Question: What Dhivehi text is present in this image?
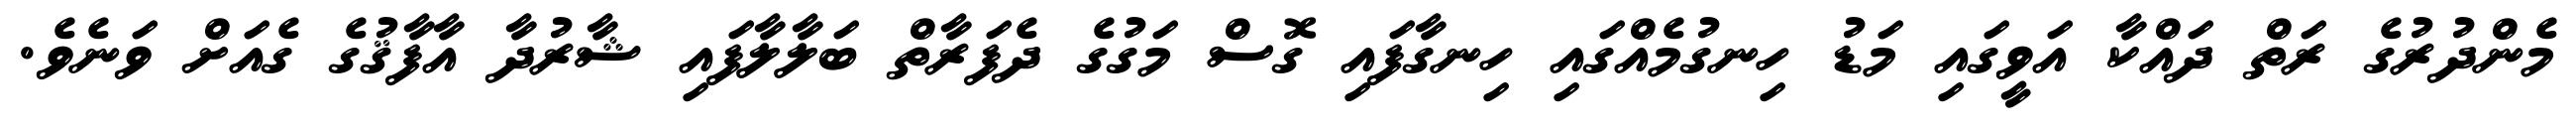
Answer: މެންދުރުގެ ރަތް ދައްކާ އަވީގައި މަޑު ހިނގުމެއްގައި ހިނގާފައި ގޮސް މަގުގެ ދެފަރާތް ބަލާލާފައި ޝާރުދާ އާފާޤުގެ ގެއަށް ވަނެވެ.